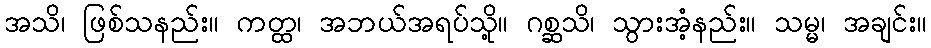
အသိ၊ ဖြစ်သနည်း။ ကတ္ထ၊ အဘယ်အရပ်သို့။ ဂစ္ဆသိ၊ သွားအံ့နည်း။ သမ္မ၊ အချင်း။